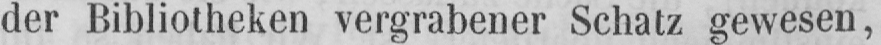
der Bibliotheken vergrabener Schatz gewesen,